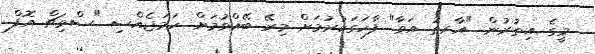
މީގެ އިތުރުން "އާރތު އަވާ" ފާހަގަކުރުމަށް މިރޭ ބޭއްވުމަށް ހަމަޖެއްސި "ސްވިޗް އޮފް